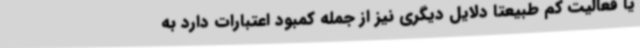
یا فعالیت کم طبیعتا دلایل دیگری نیز از جمله کمبود اعتبارات دارد به